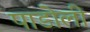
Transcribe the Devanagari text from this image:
पाडोली